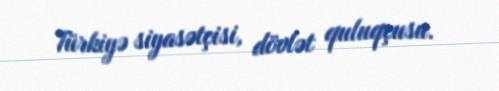
Türkiyə siyasətçisi, dövlət quluqçusu.